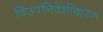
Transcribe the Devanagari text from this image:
विउपनिवेशीकरण